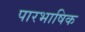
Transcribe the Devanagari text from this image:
पारभाषिक